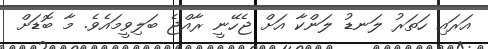
އަރައި ހަތަރު ލަނޑު ލަންކާ އަށް ޖެހޭނީ ރާއްޖެ ބަލިވީމައެވެ. މާ ބޮޑަށް